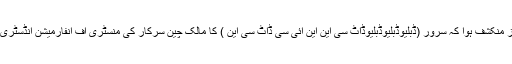
تب یہ راز منکشف ہوا کہ سَرور (ڈبلیوڈبلیوڈبلیوڈاٹ سی این این آئی سی ڈاٹ سی این ) کا مالک چین سرکار کی منسٹری آف انفارمیشن انڈسٹری خود ہے۔